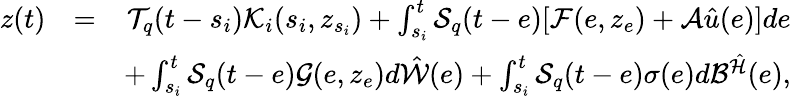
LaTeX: \begin{array}{rlr}{z(t)}&{=}&{{\cal T}_{q}(t-s_{i}){\cal K}_{i}(s_{i},z_{s_{i}})+\int_{s_{i}}^{t}{\cal S}_{q}(t-e)[{\cal F}(e,z_{e})+{\cal A}\hat{u}(e)]de}\\ &{}&{+\int_{s_{i}}^{t}{\cal S}_{q}(t-e){\cal G}(e,z_{e})d\hat{\cal W}(e)+\int_{s_{i}}^{t}{\cal S}_{q}(t-e)\sigma(e)d{\cal B}^{\hat{\cal H}}(e),}\end{array}